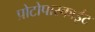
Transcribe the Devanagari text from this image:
प्रोटोपास्काईट